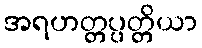
အရဟတ္တပ္ပတ္တိယာ